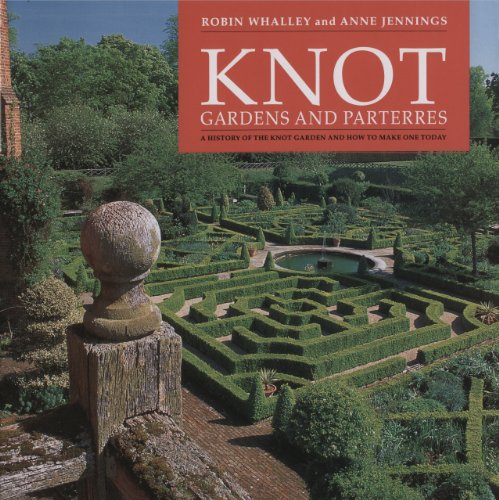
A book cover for Knot Gardens and Parterres; Robin Whalley; Crafts, Hobbies & Home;